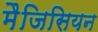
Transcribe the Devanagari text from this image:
मैजिसियन